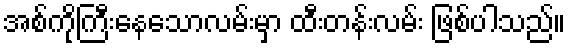
အစ်ကိုကြီးနေသောလမ်းမှာ ထီးတန်းလမ်း ဖြစ်ပါသည်။